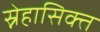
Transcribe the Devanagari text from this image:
स्नेहासिक्त